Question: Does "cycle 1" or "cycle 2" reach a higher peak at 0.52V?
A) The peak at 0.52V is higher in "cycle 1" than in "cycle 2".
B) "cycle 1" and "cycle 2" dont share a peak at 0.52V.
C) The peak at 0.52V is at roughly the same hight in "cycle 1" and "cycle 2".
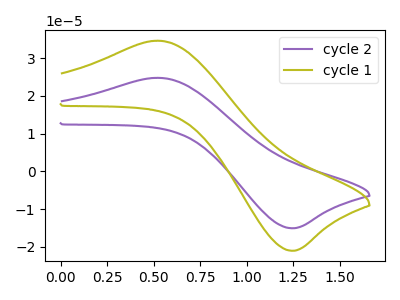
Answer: <think>The purple curve "cycle 2" has an anodic peak at (0.50V, 24.80uA) and a cathodic peak at (1.25V, -15.05uA). The olive curve "cycle 1" has an anodic peak at (0.50V, 34.65uA) and a cathodic peak at (1.25V, -21.00uA).</think>
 <answer>A) The peak at 0.52V is higher in "cycle 1" than in "cycle 2".</answer>
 <eval>A</eval>